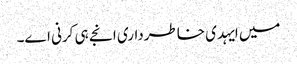
میں ایہدی خاطرداری انجے ہی کرنی اے۔